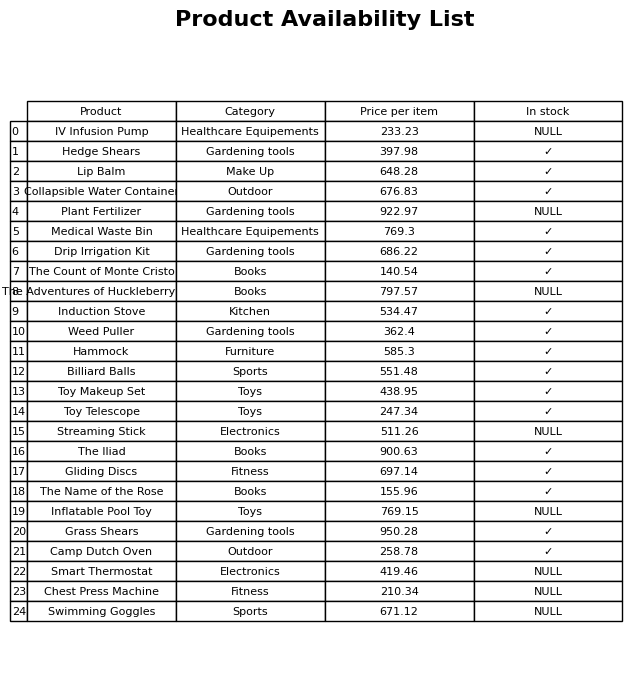
question: What is the price for Smart Thermostat?
answer: The price of Smart Thermostat is 419.46.